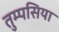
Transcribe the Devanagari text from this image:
तुम्पसिया